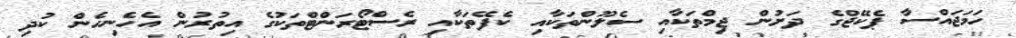
ހަމަޖައްސާ ޕެކޭޖްގެ ދަށުން ޖިމްތަކާއި ސެލޫންތަކާއި ކެފޭތަކާއި ރެސްޓޯރަންޓްތަކުގެ އިތުރުން އެހެނިހެން ކުދި